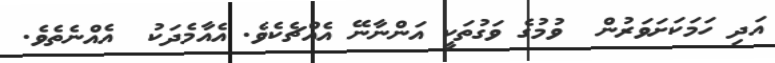
އަދި ހަމަކަށަވަރުން  ވުމުގެ ވަގުތަކީ އަންނާނޭ އެއްޗެކެވެ. އެއާމެދަކު  އެއްނެތެވެ.